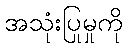
အသုံးပြုမှုကို